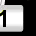
Digit: 1